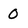
Character: 0